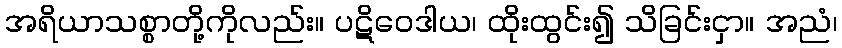
အရိယာသစ္စာတို့ကိုလည်း။ ပဋိဝေဒါယ၊ ထိုးထွင်း၍ သိခြင်းငှာ။ အညံ၊